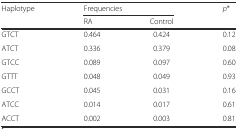
| <ROWSPAN=2> Haplotype | <COLSPAN=2> Frequencies | <ROWSPAN=2> p* |
 | RA | Control |
 | --- | --- | --- | --- |
 | GTCT | 0.464 | 0.424 | 0.12 |
 | ATCT | 0.336 | 0.379 | 0.08 |
 | GTCC | 0.089 | 0.097 | 0.60 |
 | GTTT | 0.048 | 0.049 | 0.93 |
 | GCCT | 0.045 | 0.031 | 0.16 |
 | ATCC | 0.014 | 0.017 | 0.61 |
 | ACCT | 0.002 | 0.003 | 0.81 |